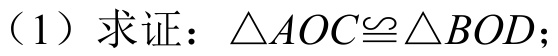
（1）求证：\(\triangle AOC\cong\triangle BOD\)；